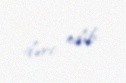
dərc edib.